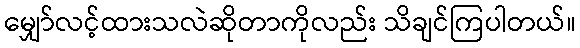
မျှော်လင့်ထားသလဲဆိုတာကိုလည်း သိချင်ကြပါတယ်။